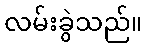
လမ်းခွဲသည်။